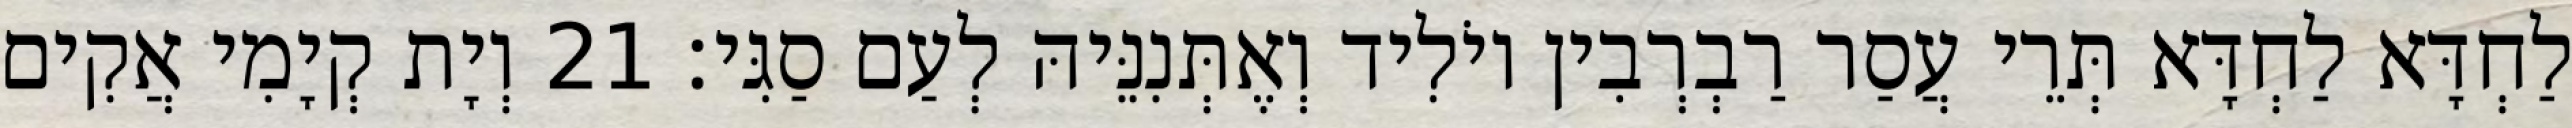
לַחְדָּא לַחְדָּא תְּרֵי עֲסַר רַבְרְבִין יוֹלִיד וְאֶתְּנִנֵּיהּ לְעַם סַגִּי׃ 21 וְיָת קְיָמִי אֲקִים